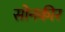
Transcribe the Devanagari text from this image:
सोनकीर